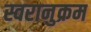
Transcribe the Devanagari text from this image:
स्वरानुक्रम